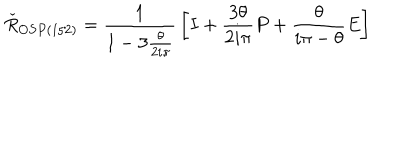
\check { R } _ { O S P ( 1 / 2 ) } = { \frac { 1 } { 1 - 3 { \frac { \theta } { 2 i \pi } } } } \left[ I + { \frac { 3 \theta } { 2 i \pi } } P + { \frac { \theta } { i \pi - \theta } } E \right]